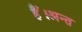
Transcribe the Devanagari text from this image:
हैँ।अन्त